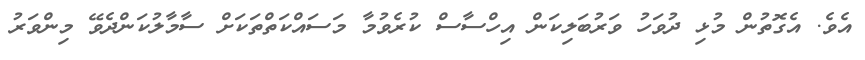
އެވެ. އެގޮތުން މުޅި ދުވަހު ވަރުބަލިކަން އިހްސާސް ކުރެވުމާ މަސައްކަތްތަކަށް ސާމާލުކަންދެވޭ މިންވަރު